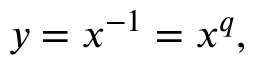
y = x ^ { - 1 } = x ^ { q } ,